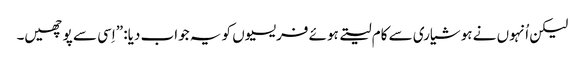
‏ لیکن اُنہوں نے ہوشیاری سے کام لیتے ہوئے فریسیوں کو یہ جواب دیا:‏ ”‏اِسی سے پوچھیں۔